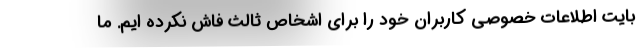
بایت اطلاعات خصوصی کاربران خود را برای اشخاص ثالث فاش نکرده ایم. ما